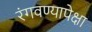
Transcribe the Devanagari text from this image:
रंगवण्यापेक्षा